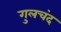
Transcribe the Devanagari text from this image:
गुलचंद